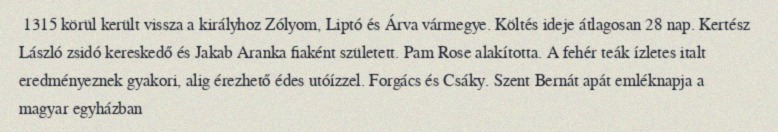
1315 körül került vissza a királyhoz Zólyom, Liptó és Árva vármegye. Költés ideje átlagosan 28 nap. Kertész László zsidó kereskedő és Jakab Aranka fiaként született. Pam Rose alakította. A fehér teák ízletes italt eredményeznek gyakori, alig érezhető édes utóízzel. Forgács és Csáky. Szent Bernát apát emléknapja a magyar egyházban